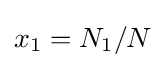
x_{1}=N_{1}/N